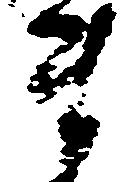
ま